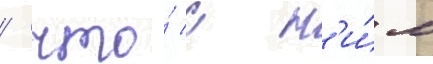
/ что́ с н'и́м